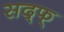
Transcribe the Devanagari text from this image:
सद्फ्